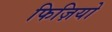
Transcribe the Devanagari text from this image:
फिज़ियो